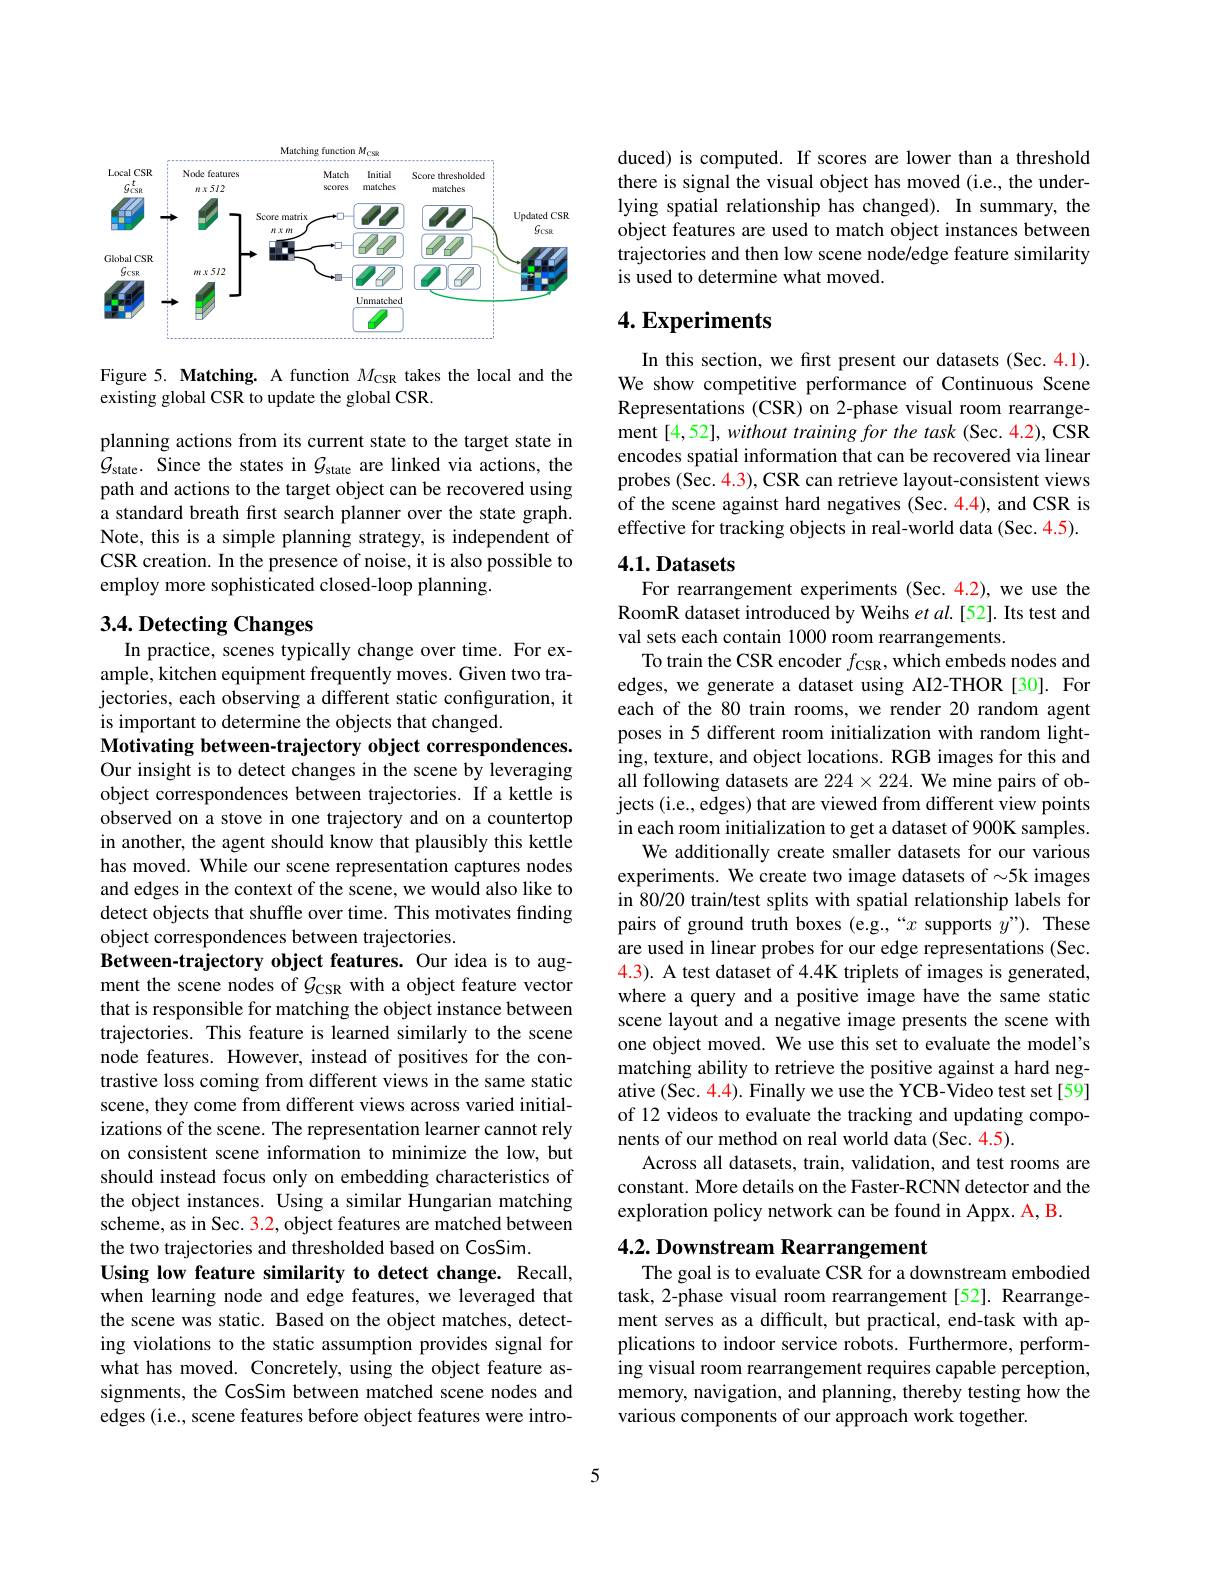
<FigureHere>

Figure 5. Matching. A function $M_\mathrm{CSR}$ takes the local and the
existing global CSR to update the global CSR.

planning actions from its current state to the target state in $\mathcal{G}_{\mathrm{state}}.$ Since the states in $\mathcal{G}_\mathrm{state}$ are linked via actions, the path and actions to the target object can be recovered using a standard breath frst search planner over the state graph. Note, this is a simple planning strategy, is independent of CSR creation. In the presence of noise, it is also possible to employ more sophisticated closed-loop planning.

# 3.4. Detecting Changes

In practice, scenes typically change over time. For example, kitchen equipment frequently moves. Given two trajectories, each observing a different static configuration, it is important to determine the objects that changed.
Motivating between-trajectory object correspondences. Our insight is to detect changes in the scene by leveraging object correspondences between trajectories. If a kettle is observed on a stove in one trajectory and on a countertop in another, the agent should know that plausibly this kettle has moved. While our scene representation captures nodes and edges in the context of the scene, we would also like to detect objects that shuffle over time. This motivates finding object correspondences between trajectories.
Between-trajectory object features. Our idea is to augment the scene nodes of $\mathcal{G}_\mathrm{CSR}$ with a object feature vector that is responsible for matching the object instance between trajectories. This feature is learned similarly to the scene node features. However, instead of positives for the contrastive loss coming from different views in the same static scene, they come from different views across varied initializations of the scene. The representation learner cannot rely on consistent scene information to minimize the low, but should instead focus only on embedding characteristics of the object instances. Using a similar Hungarian matching scheme, as in Sec. 3.2, object features are matched between the two trajectories and thresholded based on CosSim.
Using low feature similarity to detect change. Recall, when learning node and edge features, we leveraged that the scene was static. Based on the object matches, detecting violations to the static assumption provides signal for what has moved. Concretely, using the object feature assignments, the CosSim between matched scene nodes and edges (i.e., scene features before object features were intro-

duced) is computed. If scores are lower than a threshold there is signal the visual object has moved (i.e., the underlying spatial relationship has changed). In summary, the object features are used to match object instances between trajectories and then low scene node/edge feature similarity is used to determine what moved.

## $4. \textbf{Experiments}$

In this section, we first present our datasets (Sec. 4.1). We show competitive performance of Continuous Scene Representations (CSR) on 2-phase visual room rearrangement [4,52], without training for the task (Sec. 4.2), CSR encodes spatial information that can be recovered via linear probes (Sec. 4.3), CSR can retrieve layout-consistent views of the scene against hard negatives (Sec. 4.4), and CSR is effective for tracking objects in real-world data (Sec. 4.5).

# 4.1. Datasets

For rearrangement experiments (Sec. 4.2), we use the RoomR dataset introduced by Weihs $etal.[52].$ Its test and val sets each contain 1000 room rearrangements.
To train the CSR encoder $f_\mathrm{CSR}$, which embeds nodes and edges, we generate a dataset using AI2-THOR [30]. For each of the 80 train rooms, we render 20 random agent poses in 5 different room initialization with random lighting, texture, and object locations. RGB images for this and all following datasets are $224\times224.$ We mine pairs of objects (i.e., edges) that are viewed from different view points in each room initialization to get a dataset of 900K samples.
We additionally create smaller datasets for our various experiments. We create two image datasets of $\sim5$k images in 80/20 train/test splits with spatial relationship labels for pairs of ground truth boxes (e.g.,“x supports $y”).$ These are used in linear probes for our edge representations (Sec. 4.3). A test dataset of 4.4K triplets of images is generated, where a query and a positive image have the same static scene layout and a negative image presents the scene with one object moved. We use this set to evaluate the model's matching ability to retrieve the positive against a hard negative (Sec. 4.4). Finally we use the YCB-Video test set[59] of 12 videos to evaluate the tracking and updating components of our method on real world data (Sec. 4.5).
Across all datasets, train, validation, and test rooms are constant. More details on the Faster-RCNN detector and the exploration policy network can be found in Appx. A, B.

# 4.2. Downstream Rearrangement

The goal is to evaluate CSR for a downstream embodied task, 2-phase visual room rearrangement[52]. Rearrangement serves as a difficult, but practical, end-task with applications to indoor service robots. Furthermore, performing visual room rearrangement requires capable perception, memory, navigation, and planning, thereby testing how the various components of our approach work together.

5